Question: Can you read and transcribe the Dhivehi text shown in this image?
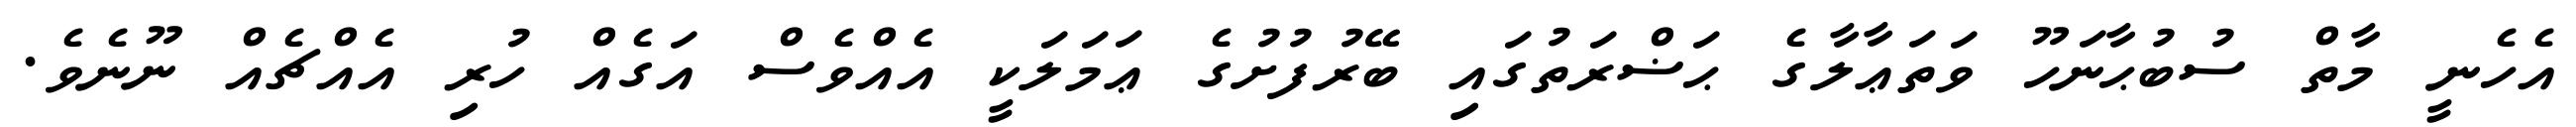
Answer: އެހެނީ މާތް ސުބުޙާނަހޫ ވަތަޢާލާގެ ޙަޟްރަތުގައި ބޭރުފުށުގެ ޢަމަލަކީ އެއްވެސް އަގެއް ހުރި އެއްޗެއް ނޫނެވެ.